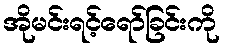
အိုမင်းရင့်ရော်ခြင်းကို